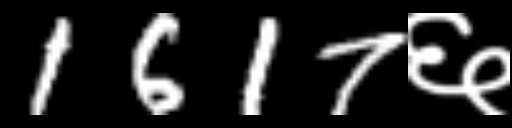
Text: 1617६